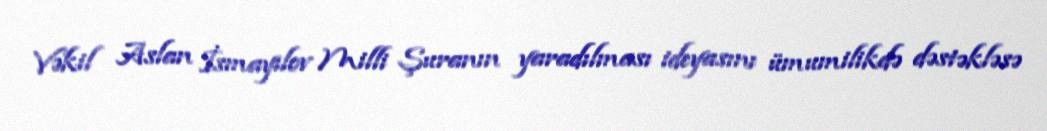
Vəkil Aslan İsmayılov Milli Şuranın yaradılması ideyasını ümumilikdə dəstəkləsə